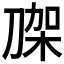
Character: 𭃼